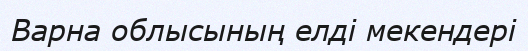
Варна облысының елді мекендері